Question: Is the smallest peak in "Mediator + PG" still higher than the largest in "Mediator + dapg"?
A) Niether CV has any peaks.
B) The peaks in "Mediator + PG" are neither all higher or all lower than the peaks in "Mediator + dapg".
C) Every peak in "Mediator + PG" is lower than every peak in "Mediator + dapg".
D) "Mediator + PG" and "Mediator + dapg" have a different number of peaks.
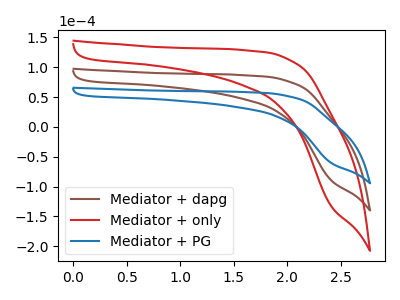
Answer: <think>The brown curve "Mediator + dapg" has no peaks. The red curve "Mediator + only" has no peaks. The blue curve "Mediator + PG" has no peaks.</think>
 <answer>A) Niether CV has any peaks.</answer>
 <eval>A</eval>